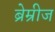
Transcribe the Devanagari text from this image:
ब्रेम्रीज